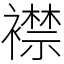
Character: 襟